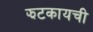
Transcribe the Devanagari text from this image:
झटकायची